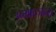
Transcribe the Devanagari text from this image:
उन्मादजन्य